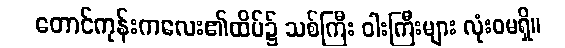
တောင်ကုန်းကလေး၏ထိပ်၌ သစ်ကြီး ဝါးကြီးများ လုံးဝမရှိ။